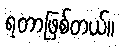
ရတာဖြစ်တယ်။